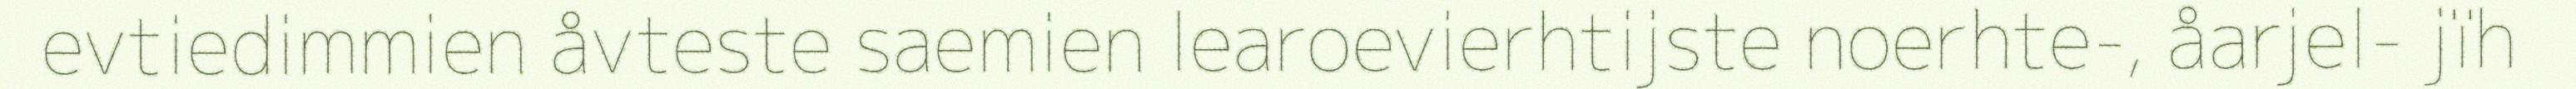
evtiedimmien åvteste saemien learoevierhtijste noerhte-, åarjel- jïh